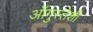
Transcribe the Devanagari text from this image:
ऑगुस्तेशी